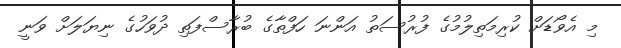
މި އެވޯޑަށް ކުރިމަތިލުމުގެ ފުރުސަތު އަންނަ ހަފްތާގެ ބުރާސްފަތި ދުވަހުގެ ނިޔަލަށް ވަނީ